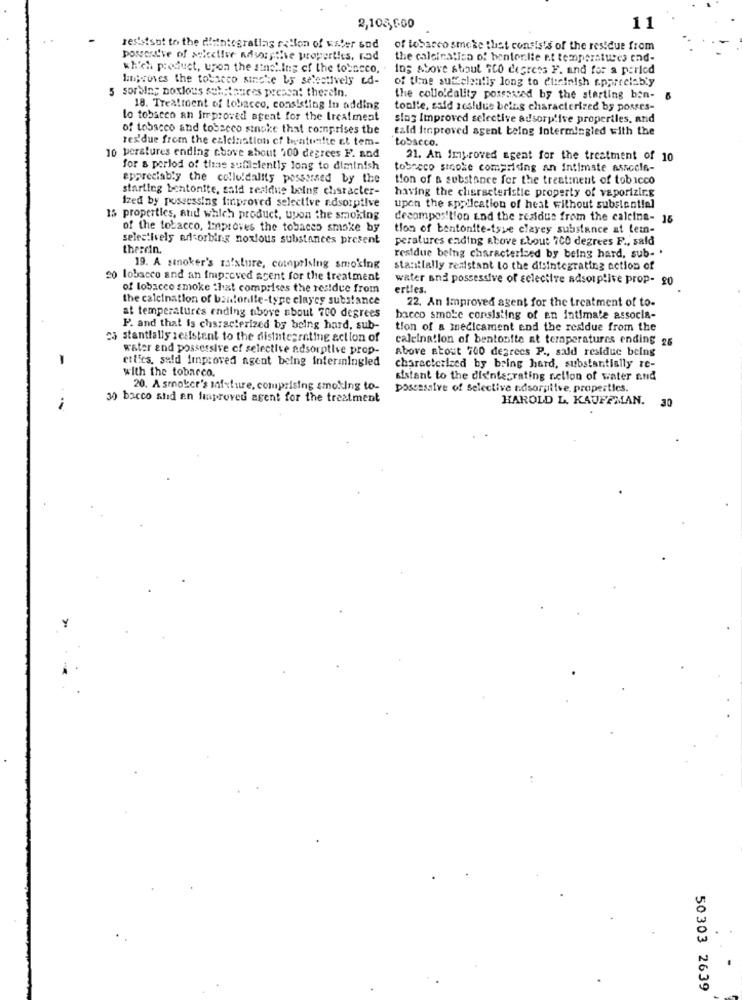
2,105,600
11
resistsat to the diintegrallas rillon of Ester sod
of tobacco smoke that consists of the residue from
possessive of seicelive adsorptie properties, rad
the calcinatica of bentonite et temperatures end-
which product, upon the sinal Ing of the tobacco,
Ios Above stout 360 degrees F. and for a period
Improves the tobacco sinche by selectively td-
of tiene suffelently long to clicinish appreciaby
5 sorbing noxious substances present therain.
the collo'cality possaved by the starting ben-
18. Treatment of tobacco, consisting In adding
toolle, said residue being characterized by posses-
to tobacco an Improved agent for the treatment
slag Improved selective adsorptive properties, and
of tobacco and tobacco sinoke that comprises the
tald Itproved agent being Intermingled with the
rex'due from the ezleination cf bentonite et tem-
tobacco.
10 perstures ending chove about 100 degrees F. and
21. An Improved agent for the treatment of 10
for a period of the sufficiently long to diminish
tobacco sicoke comprising an Intimate assocle-
appreciably the colloidality possessed by the
tion of a substance for the treatment of tobacco
starting bentonite, said residue being character-
having the characteristic property of vaporizing
Ized by possessing improved selective rdsorptive
upon the application of heat without substantial
15 properties, and which product, upon the smoking
decomposition and the residue from the calcina- 15
of the tobacco, Improves the tobacco smoke by
tion of bentonite-tyve clayey substance at tem-
selectively adsorbing noxious substances present
peratures cading above about 700 degrees F ., sald
theirin.
residue being characterised by being hard, sub- .
19. A smoker's ra'sture, comprising smoking
stantially resistant to the disintegrating action of
20 lobscco and an improved scent for the treatment
water and possessive of selective adsorptive prop- 20
of tobacco smoke that comprises the residue from
erties.
the calcination of bantonite-type clayes substance
22. An Improved agent for the treatment of to-
at temperatures ending nibove about 700 degrees
bacco smoke consisting of en intimate associa-
P. and that is characterized by being hard, sub-
tion of a medicament end the residue from the
es stantially zesistent to the disintegrating action of
calcina!lon of bentonite at teraperatures ending 26
water and possessive of selective adsorptive prop-
Above about 700 degrees P ., sald residue being
-
etties, seld improved agent being intermingled
with the tobacco.
characterized by bring hard, substantially re-
sistant to the dis'ntecrating cclion of water and
20. A smoker's mixture, comprising smoking to-
possessive of Selective sdsorpitve. properties.
30 bacco stid en fraproved agent for the treatment
HAROLD L. KAUFFMAN. 30
50303 2639